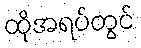
ထိုအရပ်တွင်